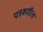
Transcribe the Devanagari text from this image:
पत्रकारित्व